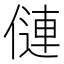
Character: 僆